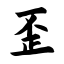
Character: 歪